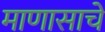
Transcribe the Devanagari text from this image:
माणासाचे